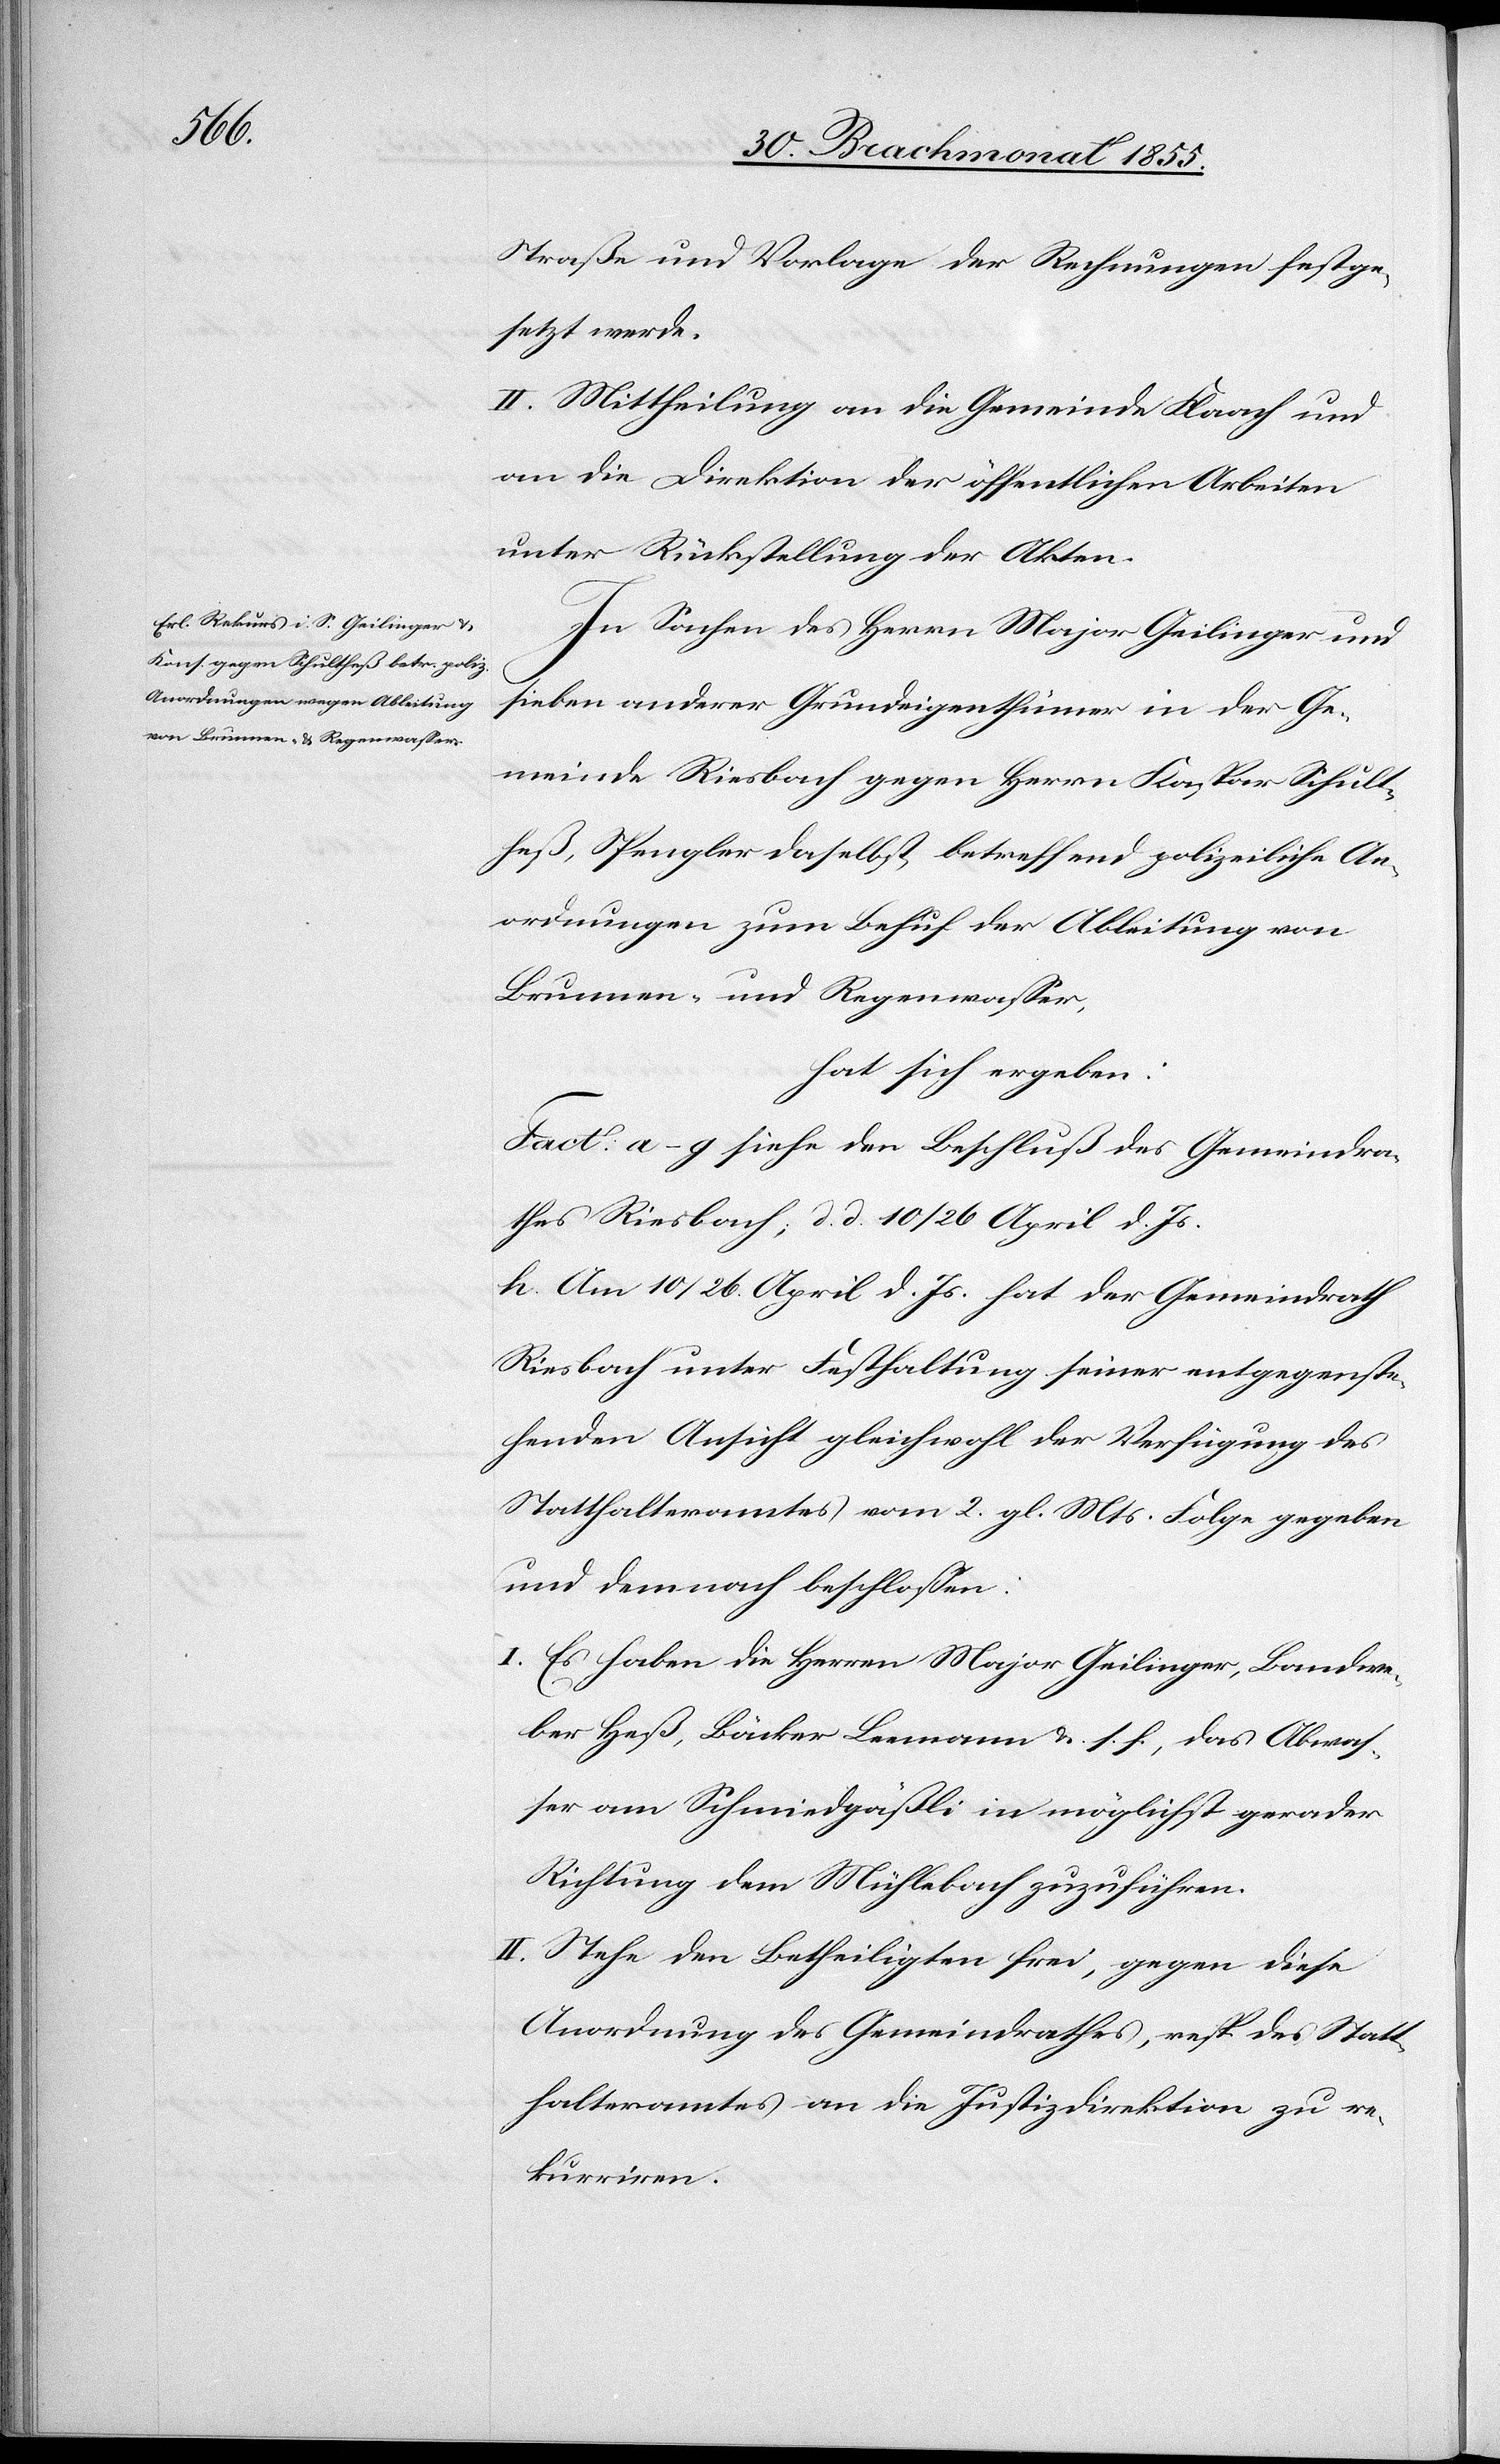
Straße und Vorlage der Rechnungen festge¬
setzt werde.
II. Mittheilung an die Gemeinde Flaach und
an die Direktion der öffentlichen Arbeiten
unter Rückstellung der Akten.
In Sachen des Herrn Major Geilinger und
sieben anderer Grundeigenthümer in der Ge¬
meinde Riesbach gegen Herrn Kaspar Schult¬
heß, Spengler daselbst, betreffend polizeiliche An¬
ordnungen zum Behuf der Ableitung von
Brunnen- und Regenwasser,
hat sich ergeben:
Fact. a–g siehe den Beschluß des Gemeindra¬
thes Riesbach; d. d. 10 / 26 April d. Js.
h. Am 10 / 26. April d. Js. hat der Gemeindrath
Riesbach unter Festhaltung seiner entgegenste¬
henden Ansicht gleichwohl der Verfügung des
Statthalteramtes vom 2. gl. Mts. Folge gegeben
und demnach beschlossen:
Es haben die Herren Major Geilinger, Bandwe¬
ber Heß, Bäcker Leemann &. s. f., das Abwas¬
ser am Schmiedgäßli in möglichst gerader
Richtung dem Mühlebach zuzuführen.
Stehe den Betheiligten frei, gegen diese
Anordnung des Gemeindrathes, resp. des Statt¬
halteramtes an die Justizdirektion zu re¬
kurriren.